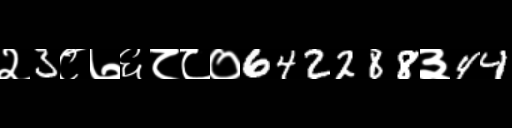
Text: २3८७६८८०642288३44